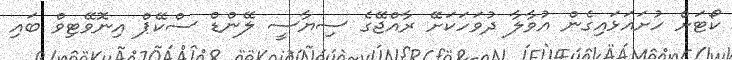
ކޯޓަށް ހުށައަޅައިގެން އުވާލާ ދުވަހަކަށޭ ރާއްޖޭގެ ސިޔާސީ ލޭންޑް ސްކޭޕް އިނޮވޭޓިވް ބައި